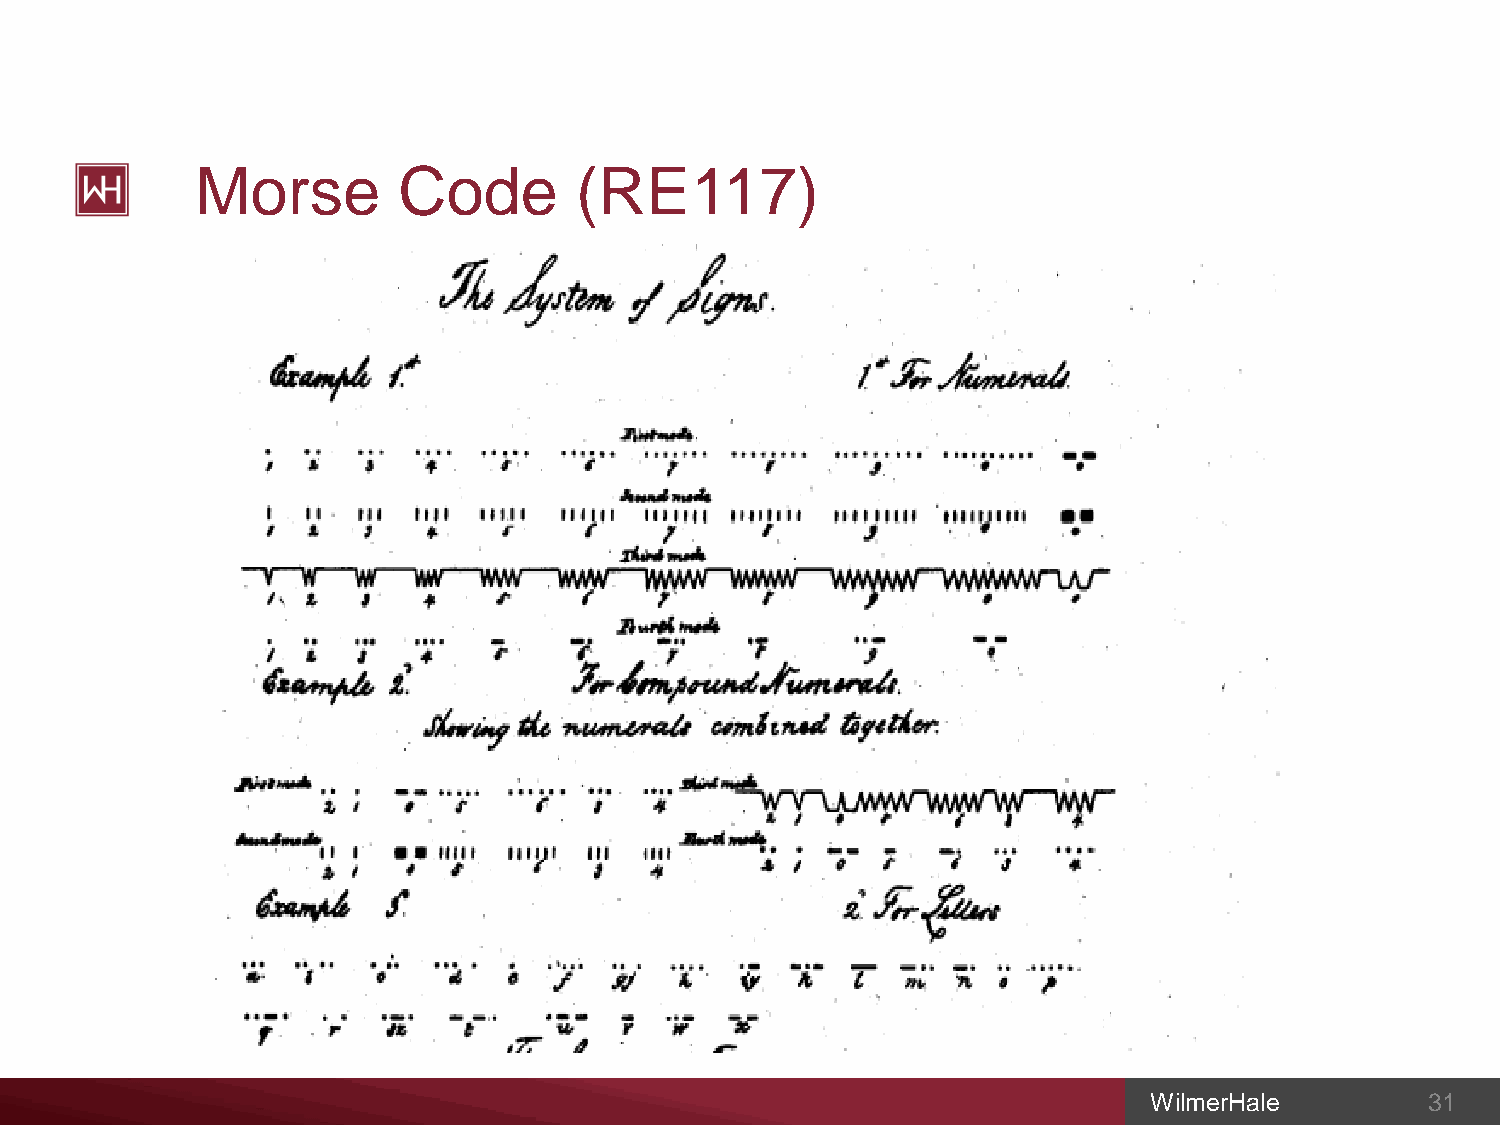
Morse        Code        (RE117)
 WilmerHale         31